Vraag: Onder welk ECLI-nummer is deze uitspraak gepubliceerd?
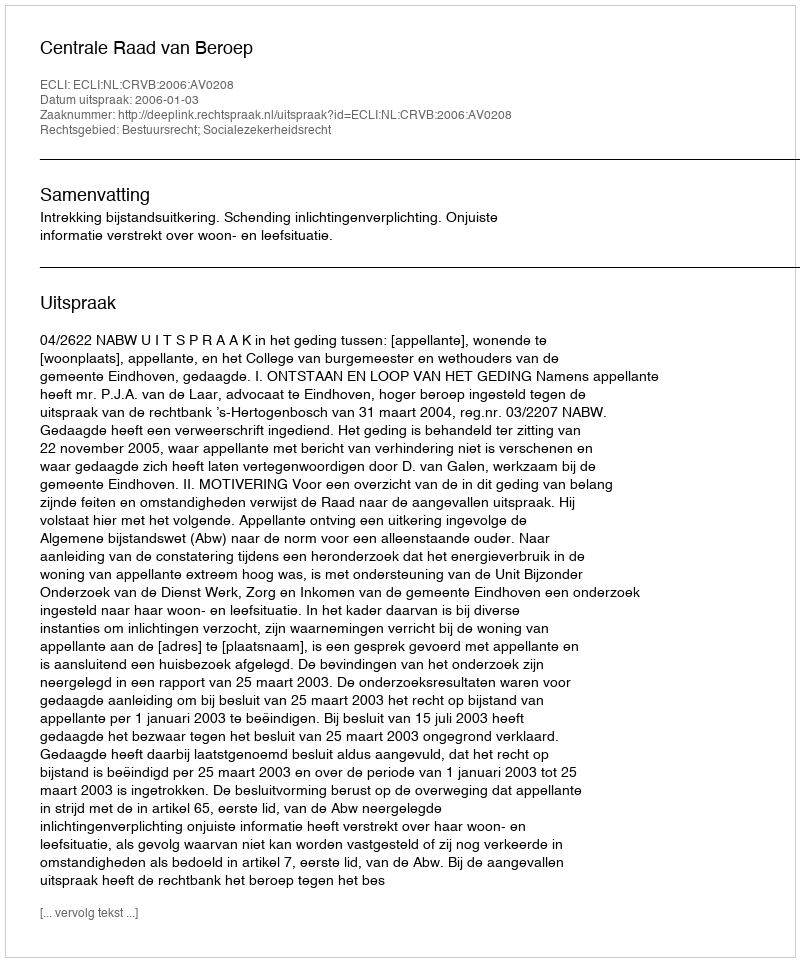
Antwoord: ECLI:NL:CRVB:2006:AV0208